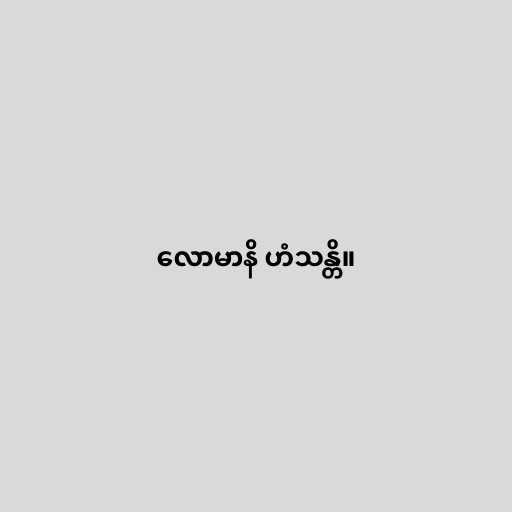
လောမာနိ ဟံသန္တိ။